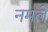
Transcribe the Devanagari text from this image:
नमले